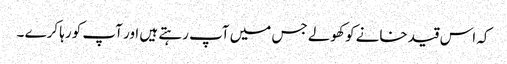
کہ اس قید خانے کو کھولے جس میں آپ رہتے ہیں اور آپ کو رہا کرے ۔